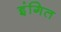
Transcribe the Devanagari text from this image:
इंगित